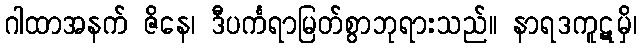
ဂါထာအနက် ဇိနေ၊ ဒီပင်္ကရာမြတ်စွာဘုရားသည်။ နာရဒကူဋမှိ၊